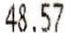
48.57